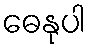
ဓေနုပါ